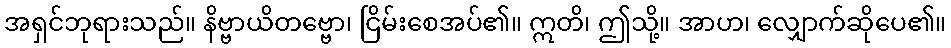
အရှင်ဘုရားသည်။ နိဗ္ဗာယိတဗ္ဗော၊ ငြိမ်းစေအပ်၏။ ဣတိ၊ ဤသို့။ အာဟ၊ လျှောက်ဆိုပေ၏။